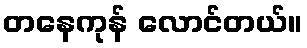
တနေကုန် လောင်တယ်။